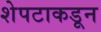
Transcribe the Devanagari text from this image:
शेपटाकडून